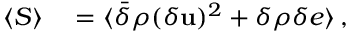
\begin{array} { r l } { \langle { \cal S } \rangle } & { { } = \langle \bar { \delta } \rho ( \delta { \bf u } ) ^ { 2 } + \delta \rho \delta e \rangle \, , } \end{array}